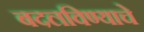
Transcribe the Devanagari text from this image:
बदलविण्याचे